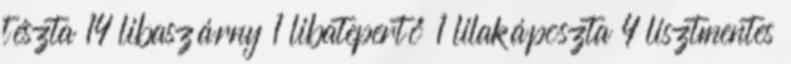
tészta 14 libaszárny 1 libatepertő 1 lilakáposzta 4 lisztmentes